Civil Veterinary Dept. Bombay admin report 1914-1922 - 1914-1922
Year: 1914
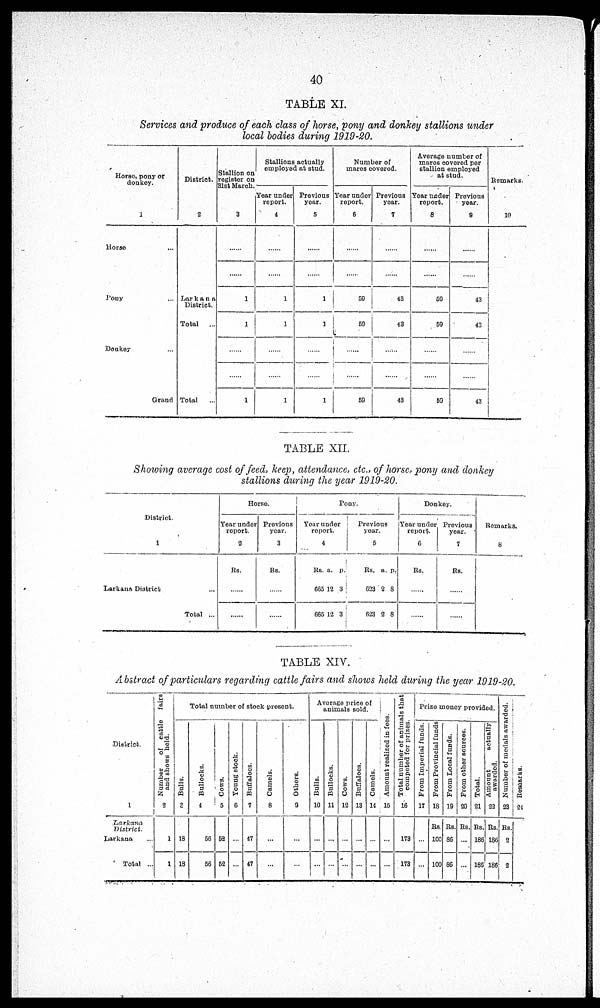
40
TABLE XI.
Services and produce of each class of horse, pony and donkey stallions under
local bodies during 1919-20.
Horse, pony or
donkey.
1
Horse ...
Pony ...
Donkey ...
Grand
District.
2
Larkana
District.
Total
Total
...
Stallion on
register on
31st March.
3
......
......
1
1
......
1
Stallions actually
employed at stud.
Year under
report.
4
......
......
1
1
......
1
Previous
year.
5
......
......
1
1
......
1
Number of
mares covered.
Year under
report.
6
......
......
59
59
......
59
Previous
year.
7
......
......
43
43
......
43
Average number of
mares covered per
stallion employed
at stud.
Year under
report.
8
......
......
59
59
......
59
Previous
year.
9
......
......
43
43
......
43
Remarks.
10
TABLE XII.
Showing average cost of feed, keep, attendance, etc., of horse, pony and donkey
stallions during the year 1919-20.
District.
1
Larkana District ...
Total ...
Horse.
Year under
report.
2
Rs.
......
......
Previous
year.
3
Rs.
......
......
Pony.
Year under
report.
4
Rs.
665
665
a.
12
12
p.
3
3
Previous
year.
5
Rs.
623
623
a.
2
2
p.
8
8
Donkey.
Year under
report.
6
Rs.
......
......
Previous
year.
7
Rs.
......
......
Remarks.
8
TABLE XIV.
Abstract of particulars regarding cattle fairs and shows held during the year 1919-20.
District.
1
Larkana
District.
Larkana ...
Total ...
Number
of cattle
fairs
and shows held.
2
1
1
Total number of stock present.
Bulls.
3
18
18
Bullocks.
4
56
56
Cows.
5
52
52
Young stock.
6
...
...
Buffaloes.
7
47
47
Camels.
8
...
...
Others.
9
...
...
Average price of
animals sold.
Bulls.
10
...
...
Bullocks.
11
...
...
Cows.
12
...
...
Buffaloes.
13
...
...
Camels.
14
...
...
Amount realized in fees.
15
...
...
Total number of animals that
competed for prizes.
16
173
173
Prize money provided.
From Imperial funds.
17
...
...
From Provincial funds
18
Rs.
100
100
From Local funds.
19
Rs.
86
86
From other sources.
20
Rs.
...
...
Total.
21
Rs.
186
186
Amount
actually
awarded.
22
Rs.
186
186
Number of medals awarded.
23
Rs.
2
2
Remarks.
24